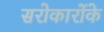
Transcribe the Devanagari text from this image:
सरोकारोंके